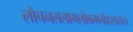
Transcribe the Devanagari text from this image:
लोचनललामलोकमनोहरवसन्त